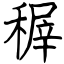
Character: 稺